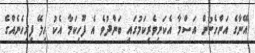
އޭނާގެ އަންހެނުން އަސްމާ އެކަނިވެރިކަމުގައި ބަންދުވެ އެ ފޫހިކަމާ އެކު ހިލޭ ފިރިހެނެއްގެ